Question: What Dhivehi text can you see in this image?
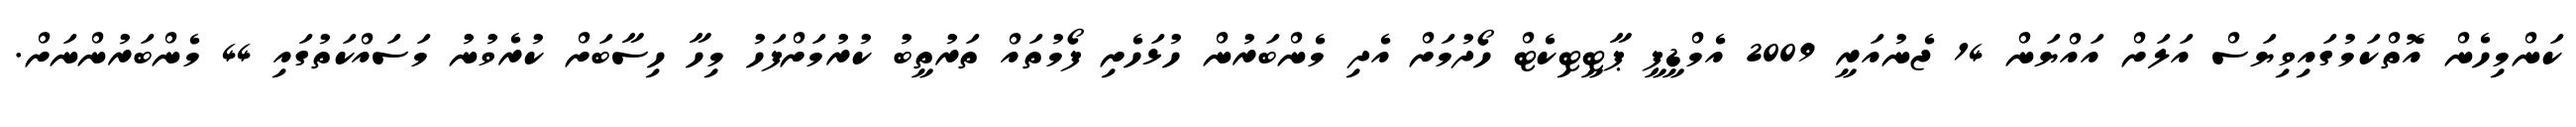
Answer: ކަންމިހެން އޮތްކަމުގައިވިޔަސް އަލަށް އައްޔަން 14 ޖެނުއަރީ 2009 އެމްޑީޕީ ޕާޓީޓިކެޓް ހޯދުމަށް އެދި މެންބަރުން ހުޅަހެށި ފޯމުތައް ތަރުތީބު ކުރުމަށްފަހު މިހާ ހިސާބަށް ކުރެވުނު މަސައްކަތުގައި 44 މެންބަރުންނަށް.